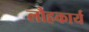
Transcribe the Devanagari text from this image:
लौहकार्य